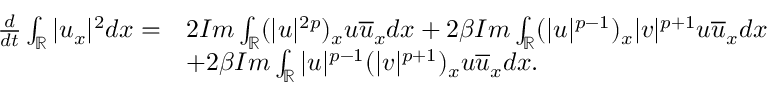
\begin{array} { r l } { \frac { d } { d t } \int _ { \mathbb { R } } | u _ { x } | ^ { 2 } d x = } & { 2 I m \int _ { \mathbb { R } } ( | u | ^ { 2 p } ) _ { x } u \overline { { u } } _ { x } d x + 2 \beta I m \int _ { \mathbb { R } } ( | u | ^ { p - 1 } ) _ { x } | v | ^ { p + 1 } u \overline { { u } } _ { x } d x } \\ & { + 2 \beta I m \int _ { \mathbb { R } } | u | ^ { p - 1 } ( | v | ^ { p + 1 } ) _ { x } u \overline { { u } } _ { x } d x . } \end{array}